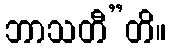
ဘာသတီ”တိ။